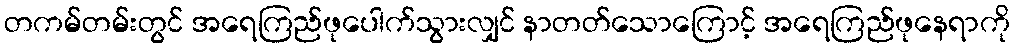
တကမ်တမ်းတွင် အရေကြည်ဖုပေါက်သွားလျှင် နာတတ်သောကြောင့် အရေကြည်ဖုနေရာကို